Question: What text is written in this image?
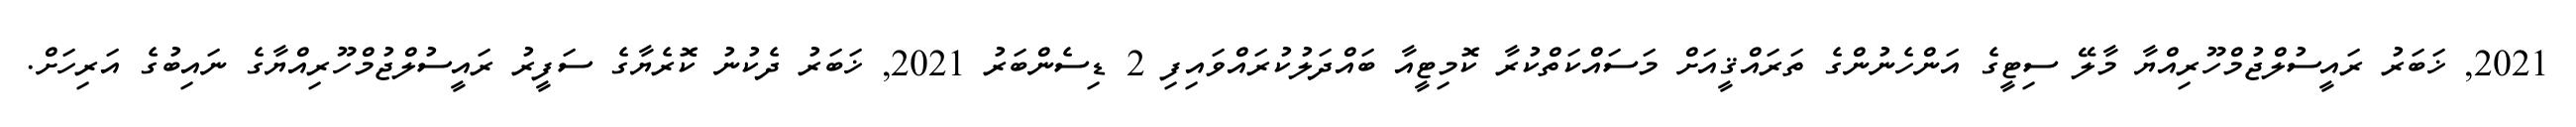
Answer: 2021, ޚަބަރު ރައީސުލްޖުމްހޫރިއްޔާ މާލޭ ސިޓީގެ އަންހެނުންގެ ތަރައްޤީއަށް މަސައްކަތްކުރާ ކޮމިޓީއާ ބައްދަލުކުރައްވައިފި 2 ޑިސެންބަރު 2021, ޚަބަރު ދެކުނު ކޮރެޔާގެ ސަފީރު ރައީސުލްޖުމްހޫރިއްޔާގެ ނައިބުގެ އަރިހަށް.